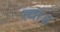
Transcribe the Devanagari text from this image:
त्वा॥